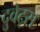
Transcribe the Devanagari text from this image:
दुवेट्स